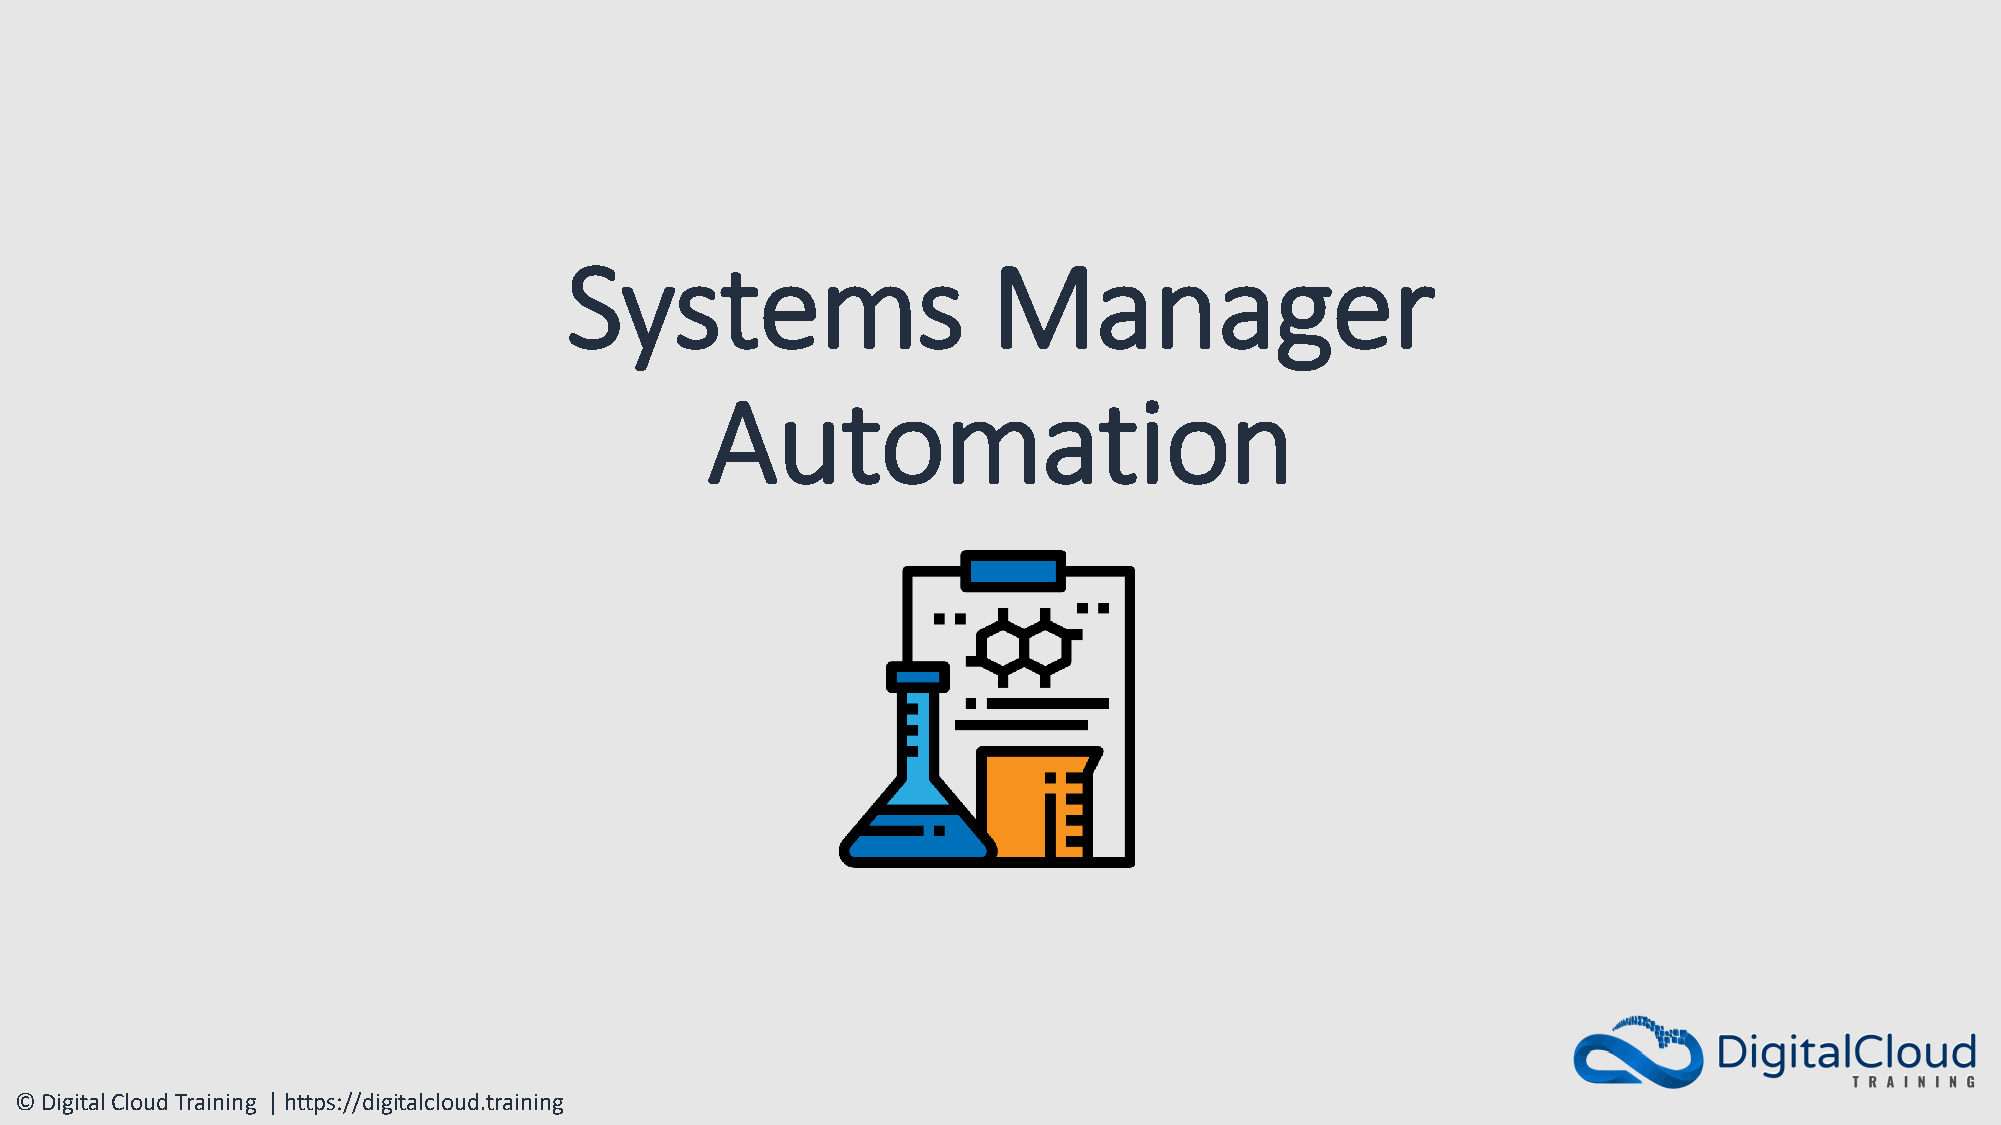
Systems                      Manager
 Automation
 © Digital Cloud Training | https://digitalcloud.training